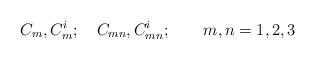
LaTeX: \begin{align*}C_m,C_{m}^i;\ \ \ C_{mn},C_{mn}^i;\ \ \ \ \ \ m,n=1,2,3\end{align*}